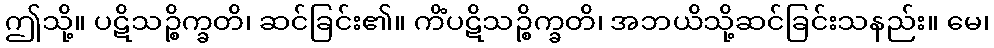
ဤသို့။ ပဋိသဉ္စိက္ခတိ၊ ဆင်ခြင်း၏။ ကိံပဋိသဉ္စိက္ခတိ၊ အဘယိသို့ဆင်ခြင်းသနည်း။ မေ၊